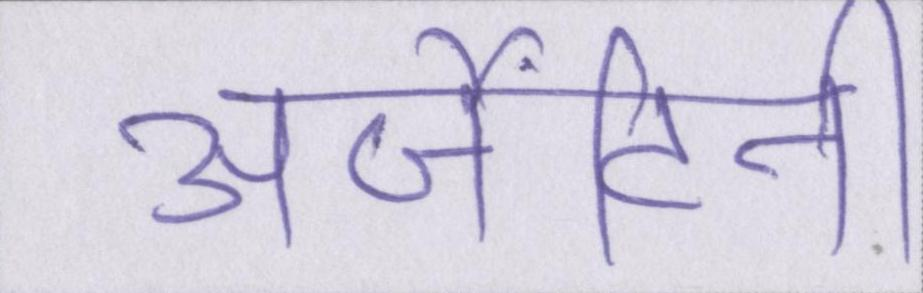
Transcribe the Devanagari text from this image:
अर्जेंटीनी